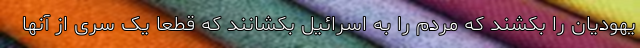
یهودیان را بکشند که مردم را به اسرائیل بکشانند که قطعا یک سری از آنها